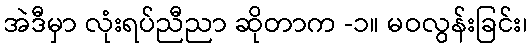
အဲဒီမှာ လုံးရပ်ညီညာ ဆိုတာက -၁။ မဝလွန်းခြင်း၊